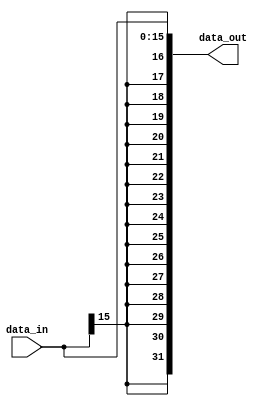
module S_Ext16(
    input [15:0] data_in,       
    output [31:0] data_out
    );
    assign data_out = {{16{data_in[15]}},data_in};
endmodule